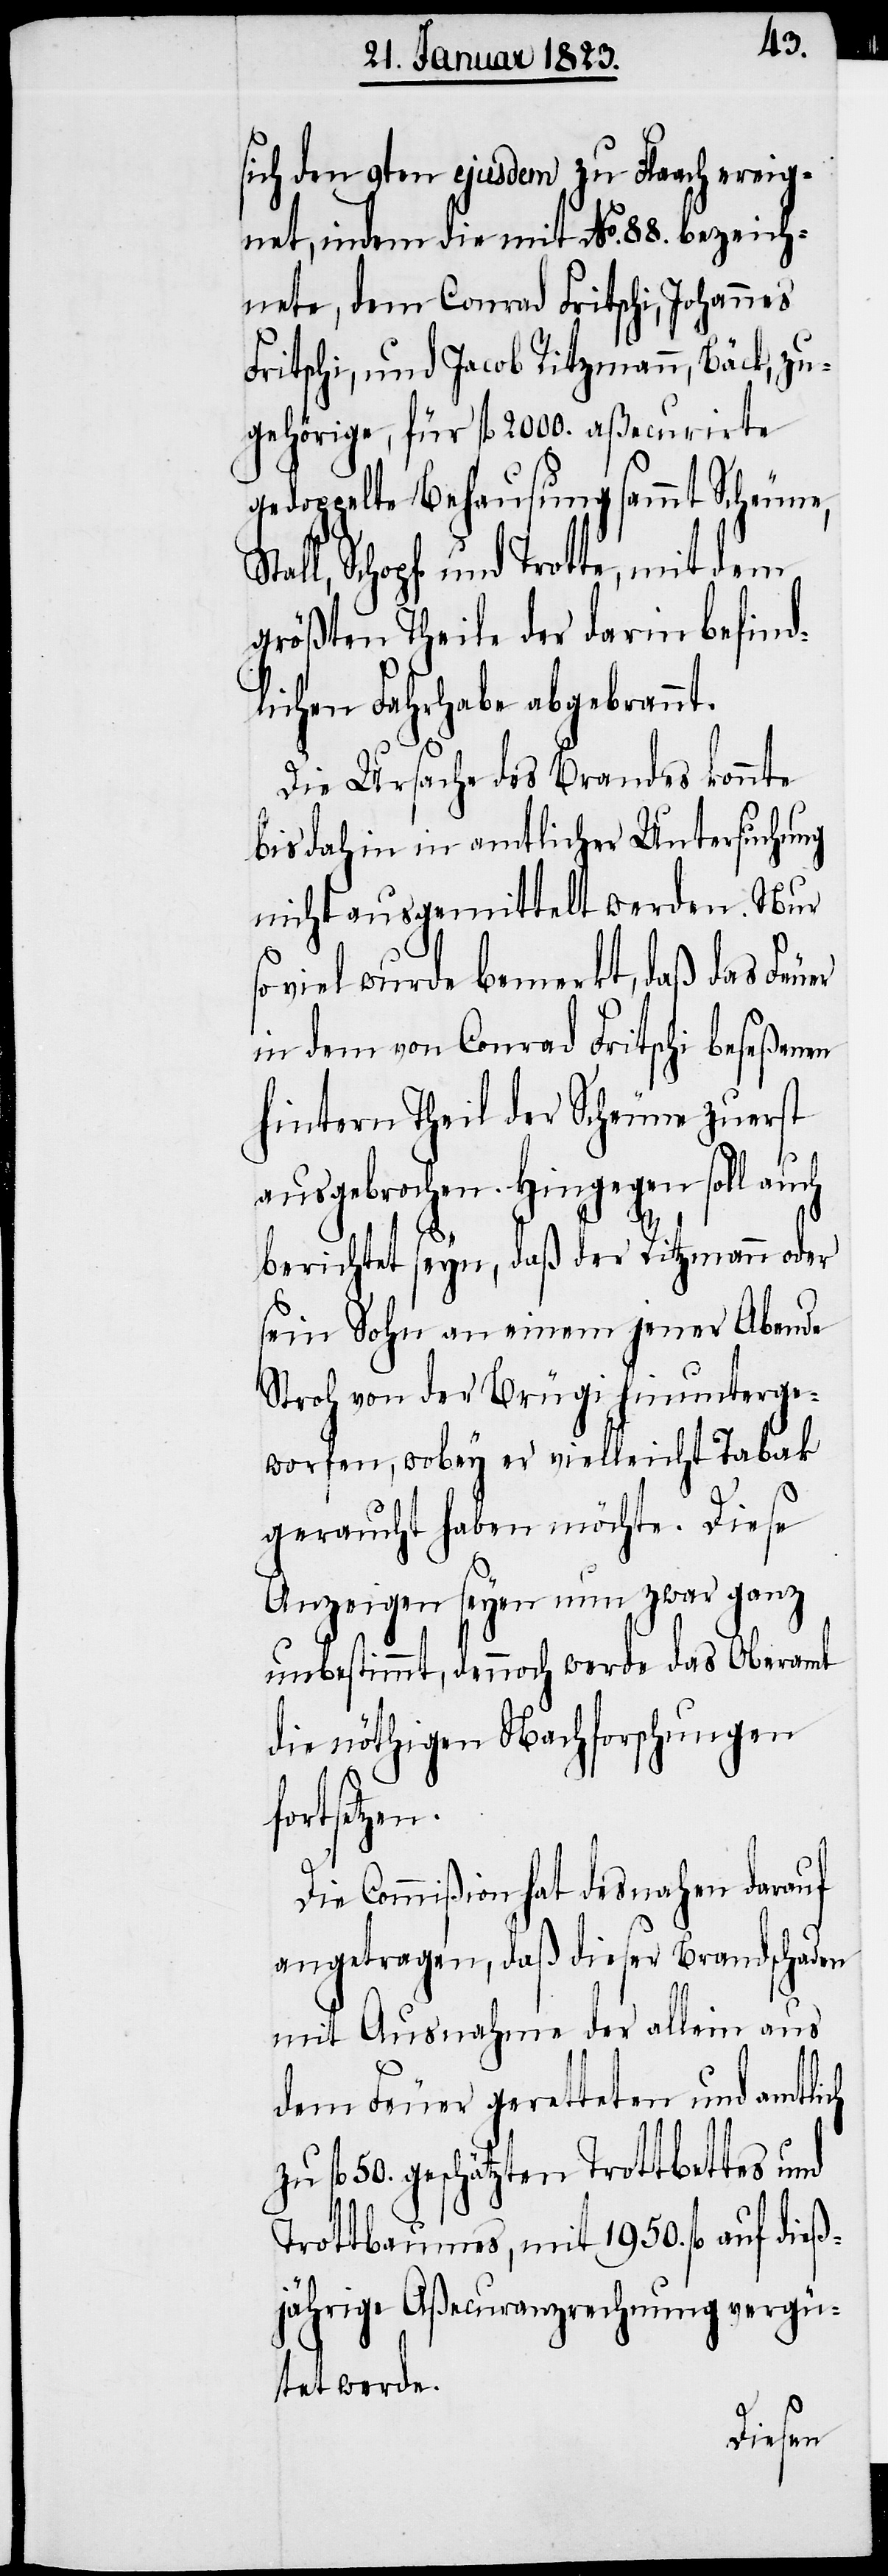
sich den 9ten ejusdem zu Flaach ereig¬
net, indem die mit No. 88. bezeich¬
nete, dem Conrad Fritschi, Johannes
Fritschi, und Jacob Ritzmann, Bäck, zu¬
gehörige, für fl. 2000. aßecurirte
gedoppelte Behausung sammt Scheune,
all, Schopf und Trotte, mit dem
größten Theile der darin befind¬
lichen Fahrhabe abgebrannt.
Die Ursache des Brandes konnte
bis dahin in amtlicher Untersuchung
nicht ausgemittelt werden. Nur
viel wurde bemerkt, daß das Feuer
in dem von Conrad Fritschi beseßenen
hintern Theil der Scheune zuerst
ausgebrochen. Hingegen soll auch
berichtet seyn, daß der Ritzmann oder
sein Sohn an einem jener Abende
Stroh von der Brügi hinunterge¬
worfen, wobey er vielleicht Tabak
geraucht haben möchte. Diese
Anzeigen seyen nun zwar ganz
unbestimmt, dennoch werde das Oberamt
die nöthigen Nachforschungen
fortsetzen.
Die Commißion hat desnahen darauf
angetragen, daß dieser Brandschaden
mit Ausnahme der allein aus
dem Feuer geretteten und amtlich
fl. 50. geschätzten Trottbettes und
Trottbaumes, mit 1950. fl. auf dieß¬
St¬
jährige Aßecuranzrechnung vergü¬
tet werde.